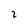
Character: 2